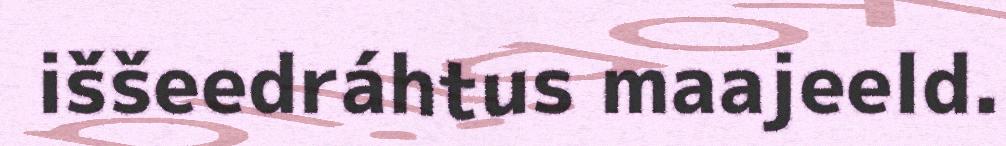
iššeedráhtus maajeeld.